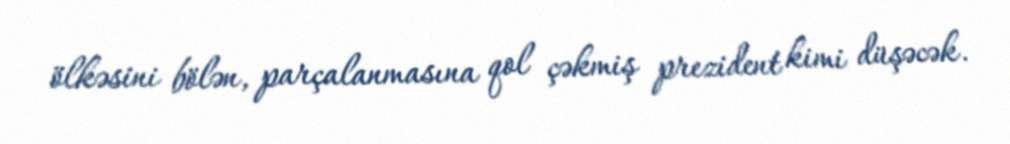
ölkəsini bölən, parçalanmasına qol çəkmiş prezident kimi düşəcək.